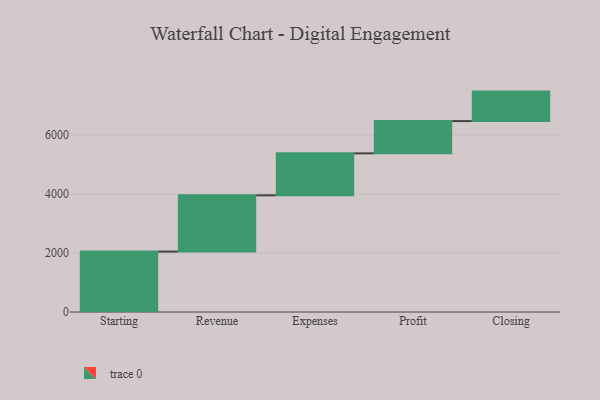
{"axis": {"x": "Step", "y": "Value"}, "legend": [""], "data": [{"x": "Starting", "y": 2049.0, "type": ""}, {"x": "Revenue", "y": 1907.0, "type": ""}, {"x": "Expenses", "y": 1423.0, "type": ""}, {"x": "Profit", "y": 1094.0, "type": ""}, {"x": "Closing", "y": 1000, "type": ""}]}